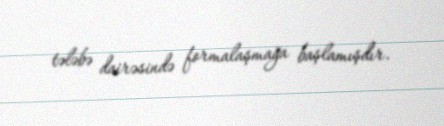
tələbə dairəsində formalaşmağa başlamışdır.